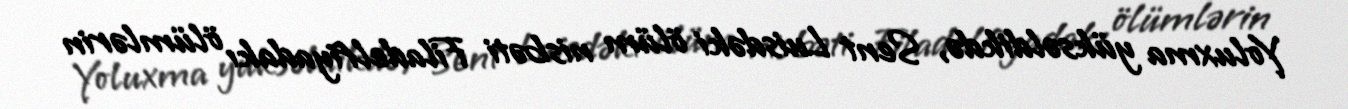
Yoluxma yüksəldikdə, Sent Luisdəki ölüm nisbəti Filadelfiyadakı ölümlərin